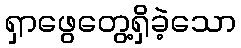
ရှာဖွေတွေ့ရှိခဲ့သော